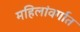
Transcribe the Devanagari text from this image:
महिलांवर्गात